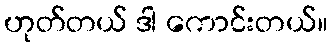
ဟုတ်တယ် ဒါ ကောင်းတယ်။